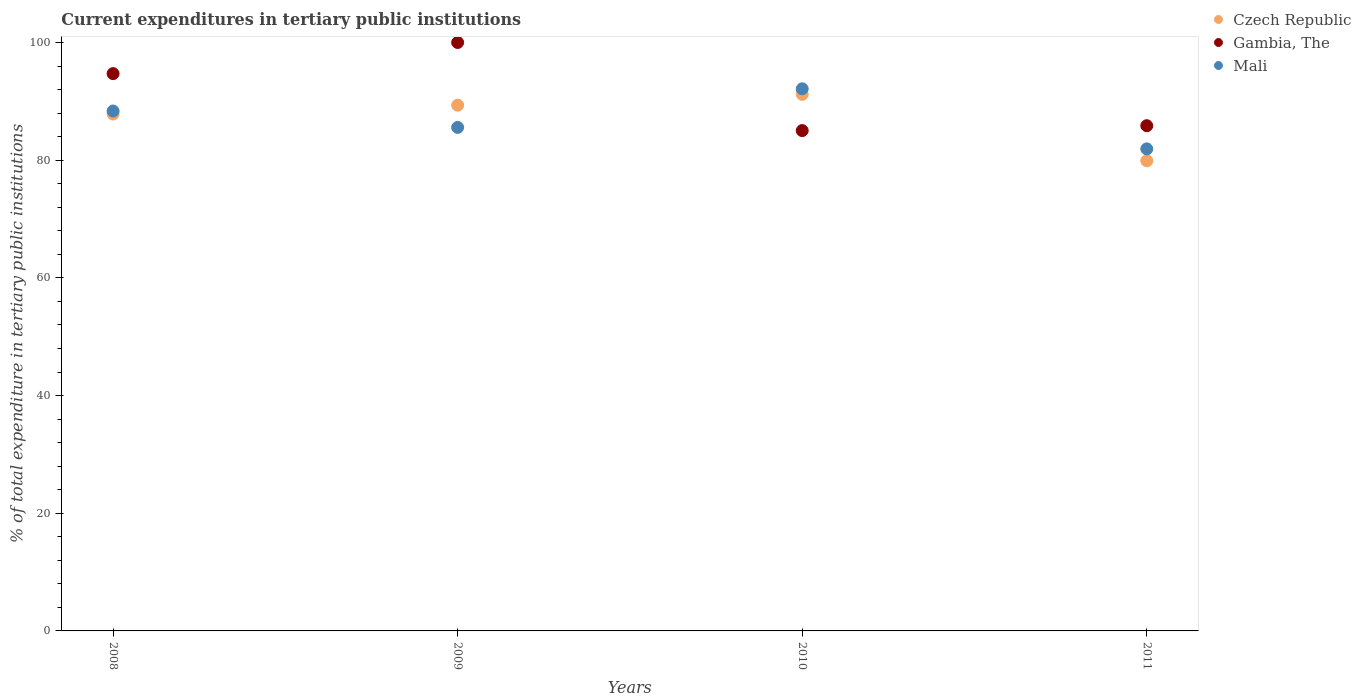
| Years | Czech Republic | Gambia, The | Mali |
 | --- | --- | --- | --- |
 | 2008 | 87.8 | 94.7 | 88.4 |
 | 2009 | 89.3 | 100 | 85.6 |
 | 2010 | 91.2 | 85 | 92.1 |
 | 2011 | 79.9 | 85.9 | 81.9 |